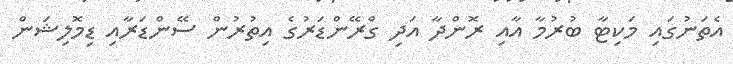
އެތަނުގައި މަކިޓާ ބުރުމާ އާއި ރޮންދާ އަދި ގްރޭންޑަރުގެ އިތުރުން ސޭންޑަރާއި ޑިމޮލިޝަން